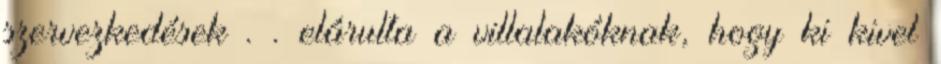
szervezkedések . . elárulta a villalakóknak, hogy ki kivel